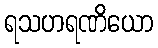
ရသဟရဏိယော